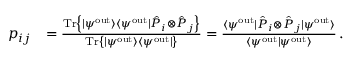
\begin{array} { r l } { p _ { i j } } & { = \frac { \mathrm { T r } \left\{ | \psi ^ { \mathrm { o u t } } \rangle \langle \psi ^ { \mathrm { o u t } } | \hat { P } _ { i } \otimes \hat { P } _ { j } \right\} } { \mathrm { T r } \left\{ | \psi ^ { \mathrm { o u t } } \rangle \langle \psi ^ { \mathrm { o u t } } | \right\} } = \frac { \langle \psi ^ { \mathrm { o u t } } | \hat { P } _ { i } \otimes \hat { P } _ { j } | \psi ^ { \mathrm { o u t } } \rangle } { \langle \psi ^ { \mathrm { o u t } } | \psi ^ { \mathrm { o u t } } \rangle } \, . } \end{array}